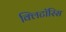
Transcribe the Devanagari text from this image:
क्लिटॉरिस